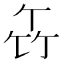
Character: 𥫧